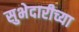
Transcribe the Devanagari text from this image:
सुभेदारीच्या